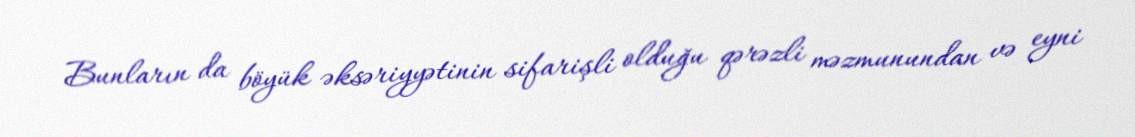
Bunların da böyük əksəriyyətinin sifarişli olduğu qərəzli məzmunundan və eyni